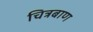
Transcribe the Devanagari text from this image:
चित्रबाण